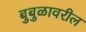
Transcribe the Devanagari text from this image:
बुबुळावरील